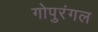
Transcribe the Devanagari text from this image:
गोपुरंगल